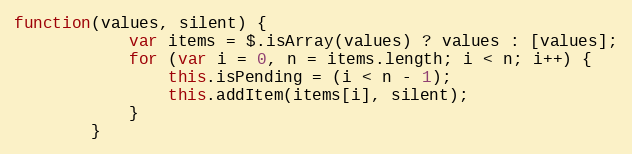
Language: JavaScript
function(values, silent) {
			var items = $.isArray(values) ? values : [values];
			for (var i = 0, n = items.length; i < n; i++) {
				this.isPending = (i < n - 1);
				this.addItem(items[i], silent);
			}
		}